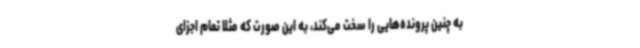
به چنین پرونده‌هایی را سخت می‌کند، به این صورت که مثلاً تمام اجزای